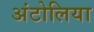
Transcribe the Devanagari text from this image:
अंटोलिया